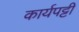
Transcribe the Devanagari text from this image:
कार्यपट्टी